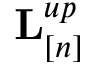
{ \bf L } _ { [ n ] } ^ { u p }